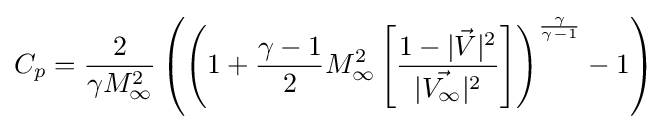
C_{p}={\frac {2}{\gamma M_{\infty }^{2}}}\left(\left(1+{\frac {\gamma -1}{2}}M_{\infty }^{2}\left[{\frac {1-|{\vec {V}}|^{2}}{|{\vec {V_{\infty }}}|^{2}}}\right]\right)^{\frac {\gamma }{\gamma -1}}-1\right)